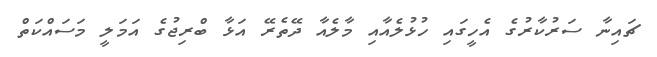
ޗައިނާ ސަރުކާރުގެ އެހީގައި ހުޅުލެއާއި މާލެއާ ދޭތެރޭ އަޅާ ބްރިޖުގެ އަމަލީ މަސައްކަތް